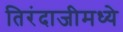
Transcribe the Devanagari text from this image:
तिरंदाजीमध्ये